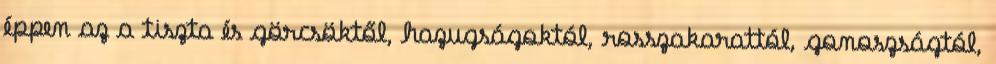
éppen az a tiszta és görcsöktől, hazugságoktól, rosszakarattól, gonoszságtól,